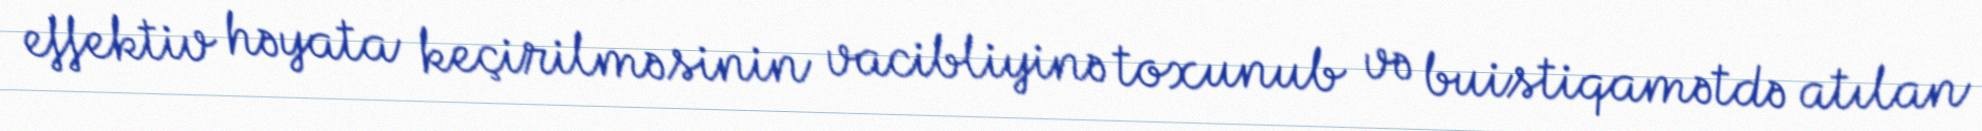
effektiv həyata keçirilməsinin vacibliyinə toxunub və buistiqamətdə atılan